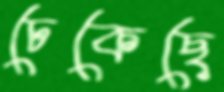
ঢেকেছে